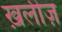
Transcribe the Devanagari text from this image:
ख़लीज़